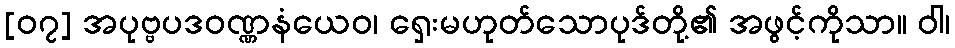
[၀၇] အပုဗ္ဗပဒဝဏ္ဏနံယေဝ၊ ရှေးမဟုတ်သောပုဒ်တို့၏ အဖွင့်ကိုသာ။ ဝါ၊